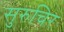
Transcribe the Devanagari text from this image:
सुरुचिर